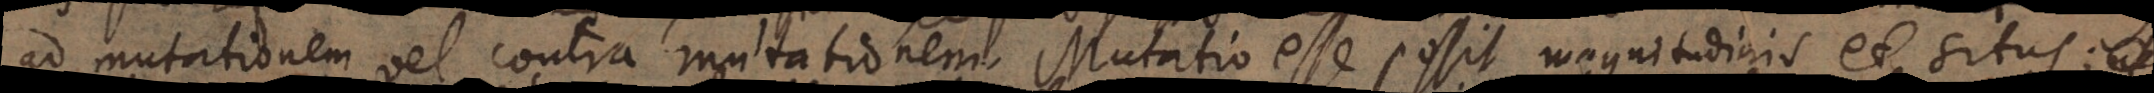
ad mutationem vel contra mutationem. Mutatio esse possit magnitudinis et situs;